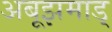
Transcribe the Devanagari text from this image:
अबूझमाड्